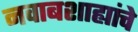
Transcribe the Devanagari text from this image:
नवाबशाह्यांचे